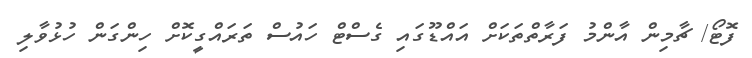
ފޮޓޯ/ ޗާމިން އާންމު ފަރާތްތަކަށް އައްޑޫގައި ގެސްޓް ހައުސް ތަރައްގީކޮށް ހިންގަން ހުޅުވާލި